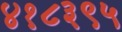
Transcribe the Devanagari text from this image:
४१८३९५